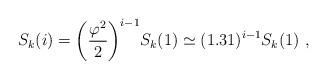
LaTeX: \begin{align*}S_k(i)= \bigg(\frac{\varphi^2}{2}\bigg)^{i-1}S_k(1) \simeq (1.31)^{i-1}S_k(1)~,\end{align*}